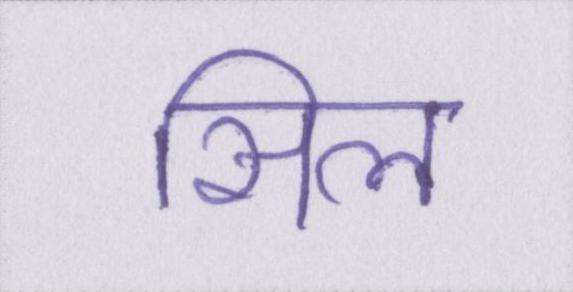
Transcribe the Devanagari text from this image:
सिल